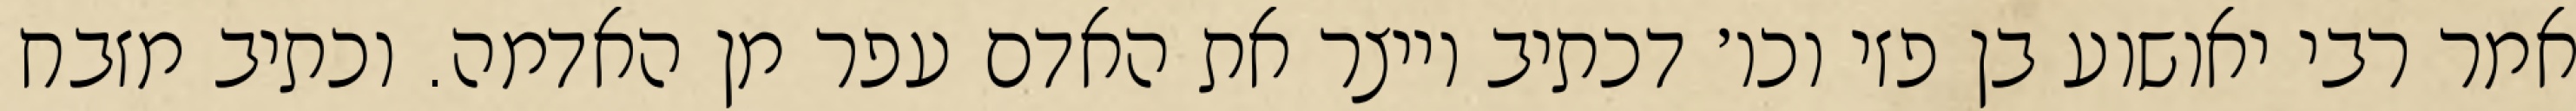
אמר רבי יאושוע בן פזי וכו׳ דכתיב וייצר את האדם עפר מן האדמה. וכתיב מזבח